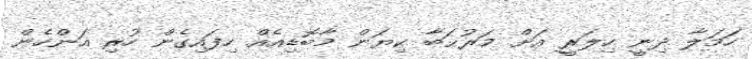
ހަމަލާ ދިނީ ހިލަރީ އަށް މަރުޙަބާ ކިޔަން މާބޮޑިއެއް ހިފައިގެން ހުރި އަންހެން